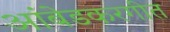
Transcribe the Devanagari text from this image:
आंबेडकरगीत